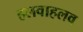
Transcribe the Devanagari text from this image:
हलवाहलव